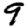
Digit: 9